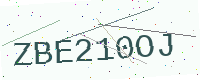
Text: ZBE210OJ